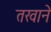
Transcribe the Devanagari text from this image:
तखाने